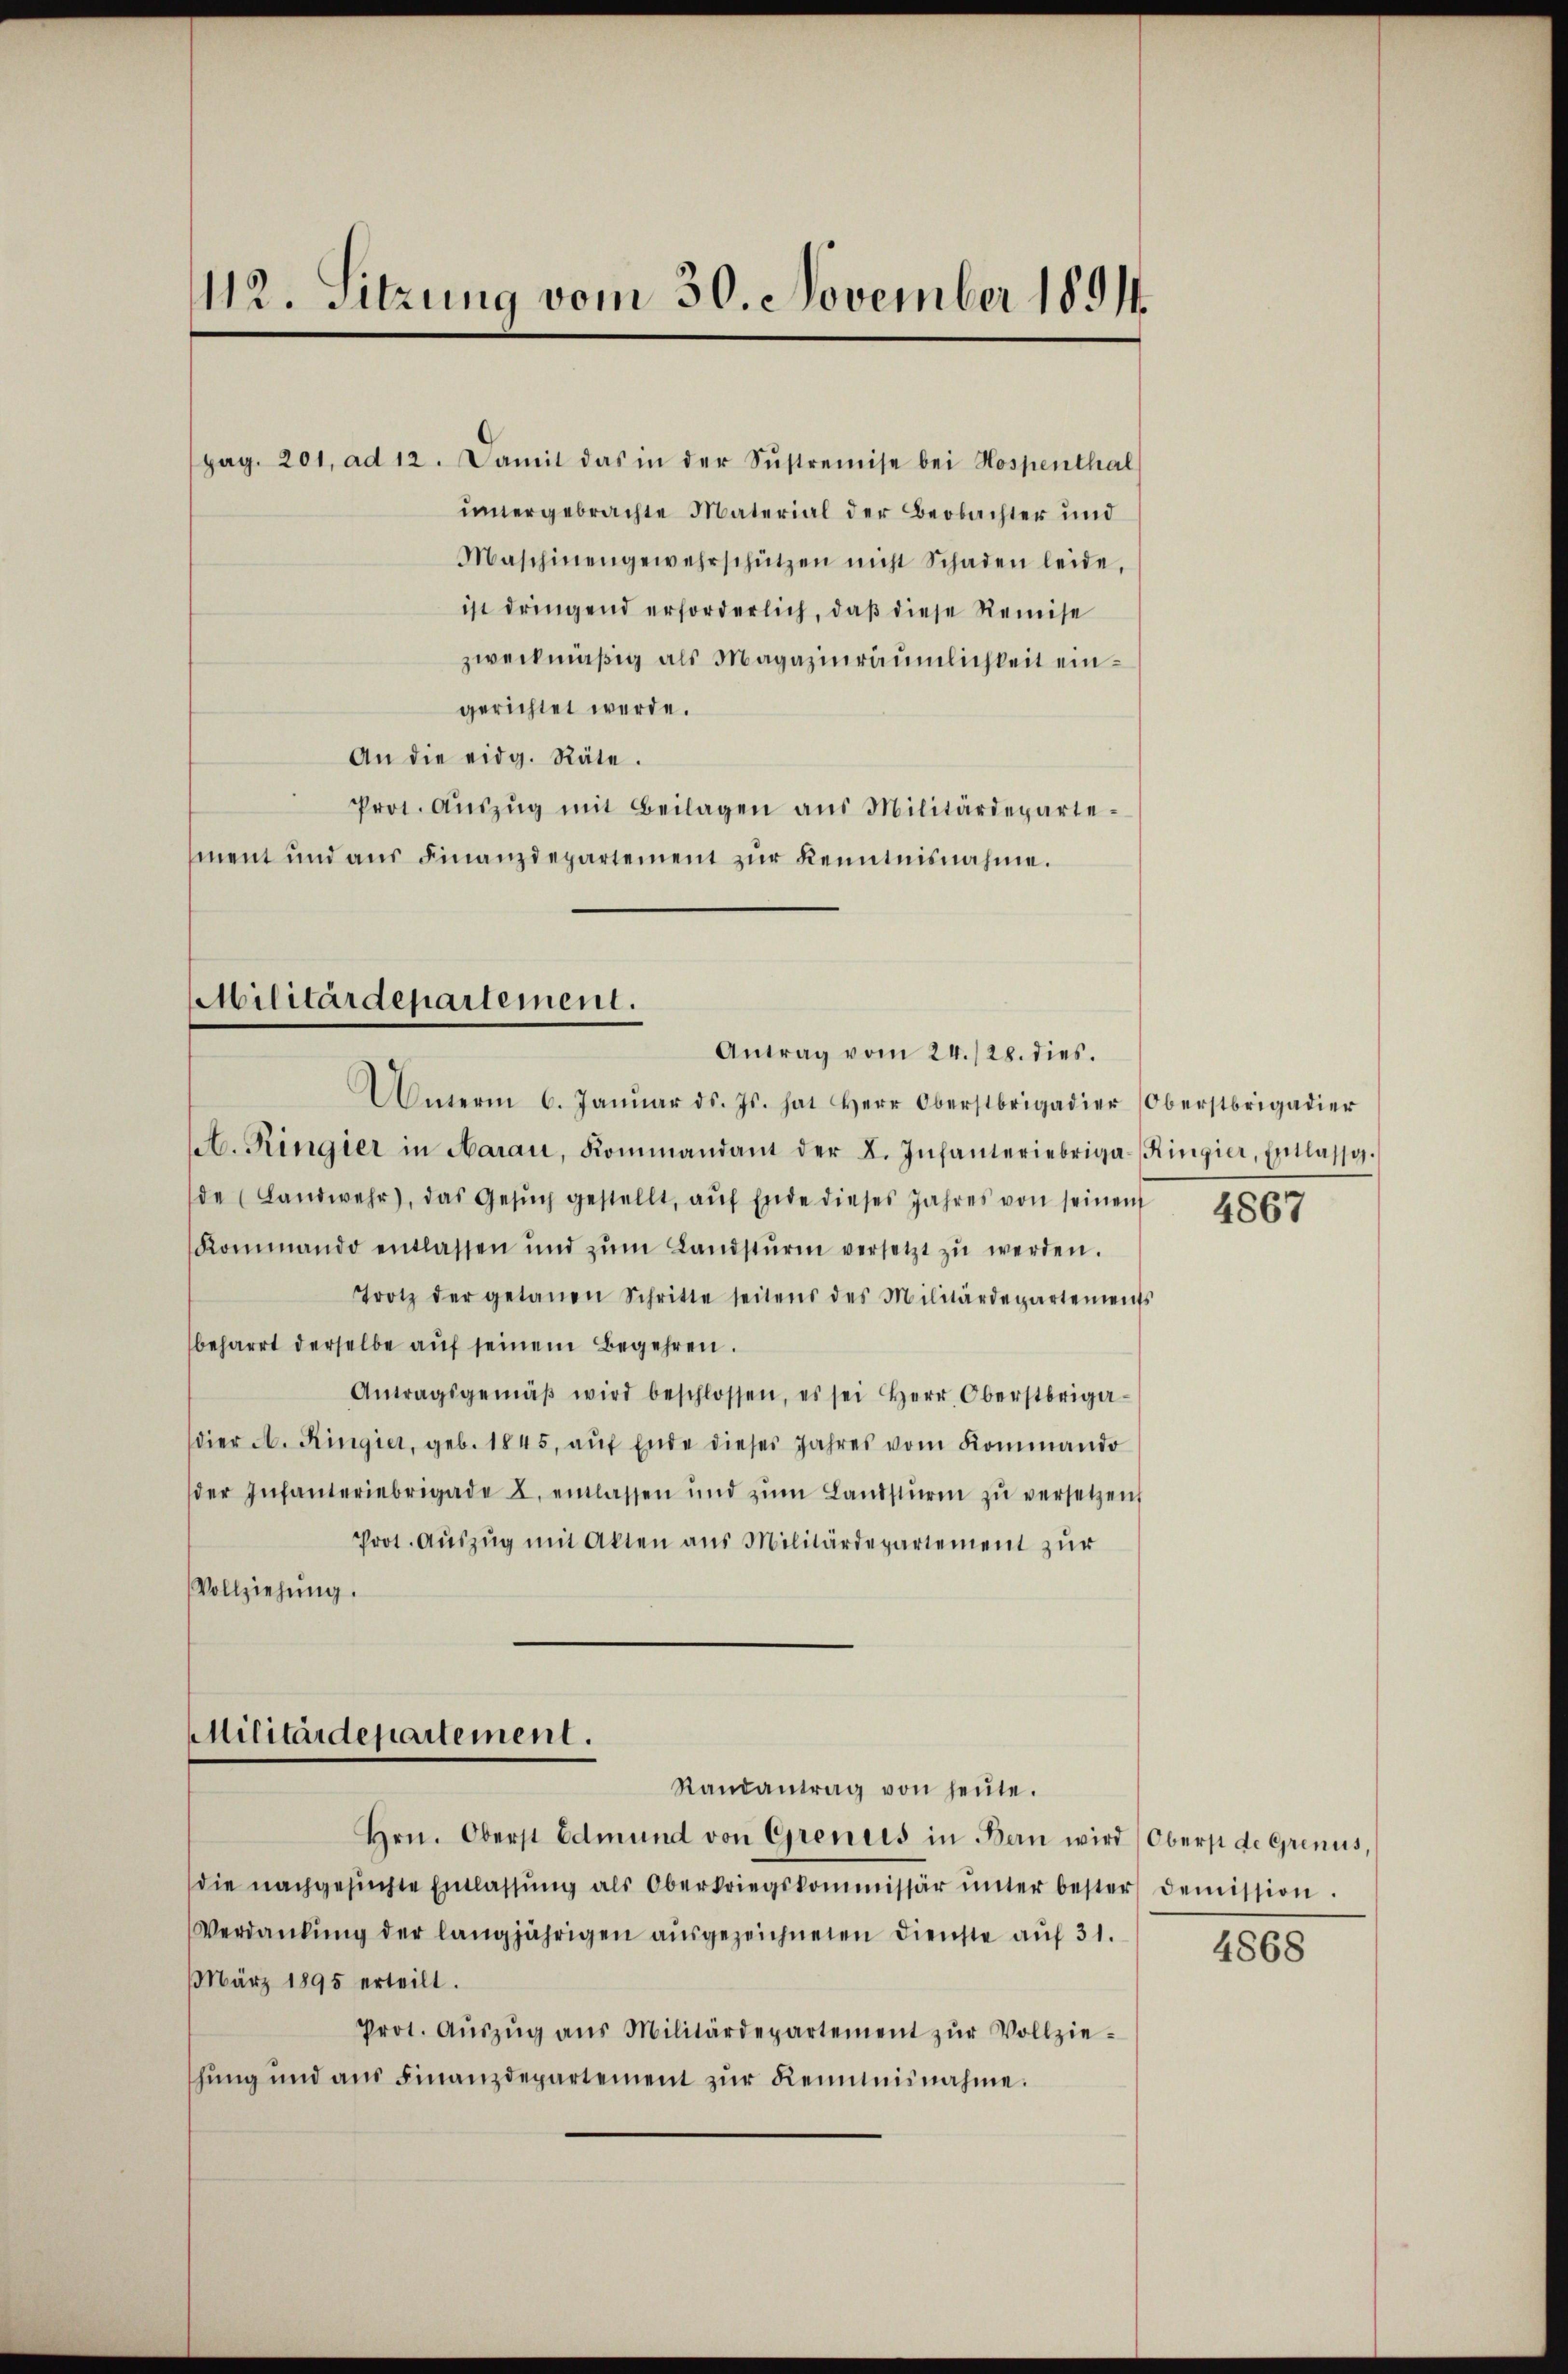
112. Sitzung vom 30. November 1891.

Militärdepartement.
Antrag vom 24./28. dies.

pag. 201, ad 12. Damit das in der Sŭstremise bei Hospenthal
untergebrachte Material der Beobachter und
Maschinengewahrschützen nicht Schaden leide,
ist dringend erforderlich, daß diese Remise
zweckmäßig als Magazinräumlichkeit eingerichtet werde.
An die eidg. Räte.
Prot. Aŭszŭg mit Beilagen aus Militärdeparte
ment und aus Finanzdepartement zur Kenntnisnahme.

Unterm 6. Janŭar d. Js. hat Herr Oberstrigadier (Oberstrigadier
t. Ringier in Aarau, Kommandant der L. Infanteriebriga-Ringier, Entlasse.
de (Landwehr, das Gesŭch gestellt, aŭf Ende dieses Jahres von seinen
Kommando entlassen und zŭm Landstŭrm versetzt zŭ werden.
Trotz der getanen Schritte seitens des Militärdepartements
beharrt derselbe auf seinem Begehren.
Antragsgemäβ wird beschlossen, es sei Herr Oberstriga-
dier A. Ringier, geb. 1845, aŭf Ende dieses Jahres vom Kommando
der Infanteriebrigade u. einlassen und zŭm Landsturm zŭ versetzen
Prot. Auszug mit Akten aus Militärdepartement zur
Vollziehung.

Militärdepartement.

Randantrag von heŭte.

Hrn. Oberst Edmund von Grentes in Bern wird (Obers de Grenus,
die nachgesuchte Entlassŭng als Oberkriegskommissär ŭnter bester demission.
Verdankŭng der langjährigen aŭsgezeichneten dienste aŭf 31.
März 1895 erteilt.
Prot. Aŭszŭg ans Militärdepartement zŭr Vollzie-
hung und aus Finanzdepartement zur Reinmisnahme.

4867

4868